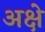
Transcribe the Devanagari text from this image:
अक्षे